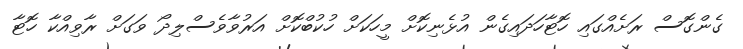
ގެންގޮސް ރަށެއްގައި ހޮޓާހަދައިގެން އުޅެނިކޮށް މީހަކަށް ހުކުބްކޮށް އަރުވާވެސްލިދޯ ވަގަށް ރާވިއްކާ ހޮޓާ